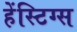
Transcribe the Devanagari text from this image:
हेंस्टिग्स